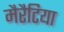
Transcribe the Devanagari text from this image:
मैरैटिया